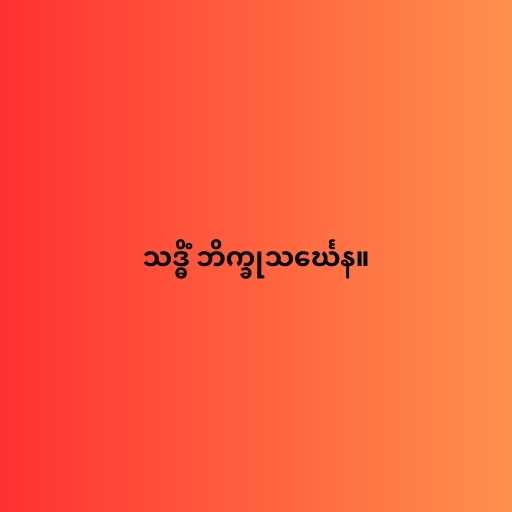
သဒ္ဓိံ ဘိက္ခုသင်္ဃေန။